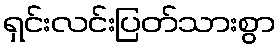
ရှင်းလင်းပြတ်သားစွာ